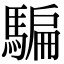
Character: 騙